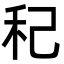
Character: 䄫